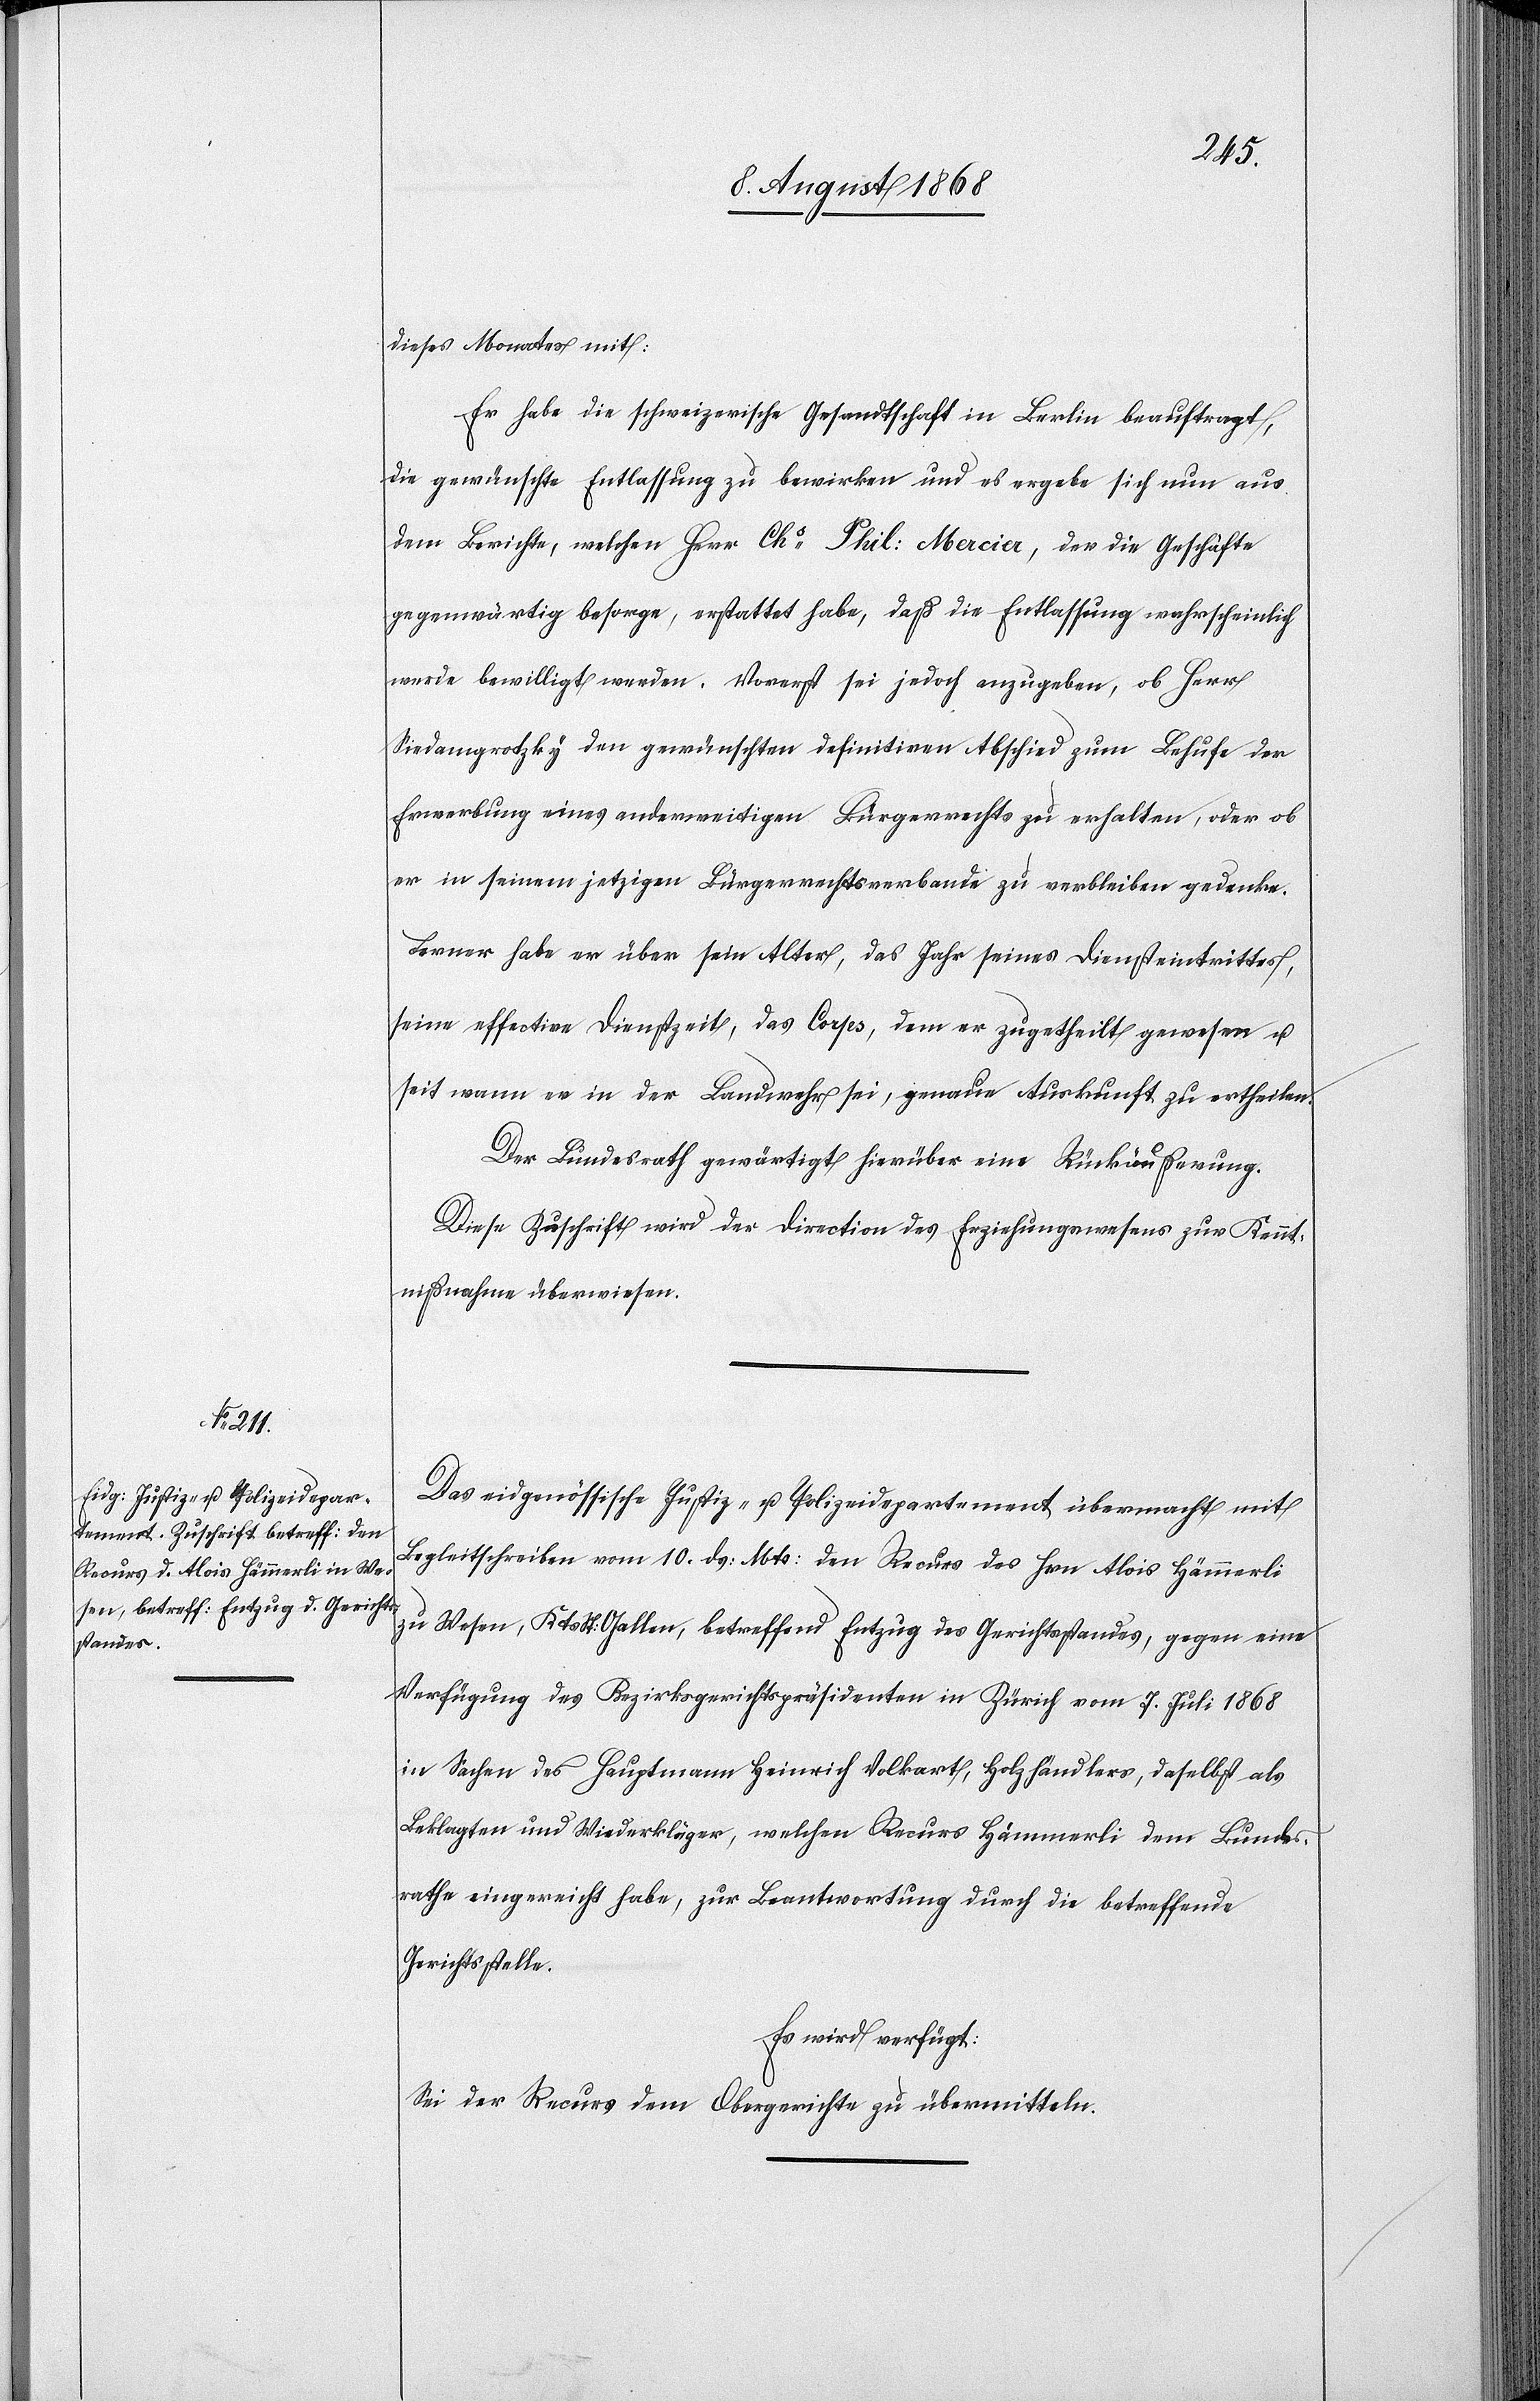
13. August 1868.]
dieses Monates mit:
Er habe die schweizerische Gesandtschaft in Berlin beauftragt,
die gewünschte Entlassung zu bewirken und es ergebe sich nun aus
dem Berichte, welchen Herr Chs Phil: Mercier, der die Geschäfte
gegenwärtig besorge, erstattet habe, daß die Entlassung wahrscheinlich
werde bewilligt werden. Vorerst sei jedoch anzugeben, ob Herr
Siedamgrotzky den gewünschten definitiven Abschied zum Behufe der
Erwerbung eines anderweitigen Bürgerrechts zu erhalten, oder ob
er in seinem jetzigen Bürgerrechtsverbande zu verbleiben gedenke.
Ferner habe er über sein Alter, das Jahr seines Diensteintrittes,
seine effective Dienstzeit, das Corps, dem er zugetheilt gewesen u.
seit wann er in der Landwehr sei, genaue Auskunft zu ertheilen.
Der Bundesrath gewärtigt hierüber eine Rückäußerung.
Diese Zuschrift wird der Direction des Erziehungswesens zur Kennt¬
nißnahme überwiesen.
Das eidgenössische Justiz- u. Polizeidepartement übermacht mit
Begleitschreiben vom 10. ds: Mts: den Recurs des Hrn. Alois Hämmerli
zu Wesen, Kts. St: Gallen, betreffend Entzug des Gerichtsstandes, gegen eine
Verfügung des Bezirksgerichtspräsidenten in Zürich vom 7. Juli 1868
in Sachen des Hauptmann Heinrich Volkart, Holzhändlers, daselbst als
Beklagten und Wiederkläger, welchen Recurs Hämmerli dem Bundes¬
rathe eingereicht habe, zur Beantwortung durch die betreffende
Gerichtsstelle.
Es wird verfügt:
Sei der Recurs dem Obergerichte zu übermitteln.